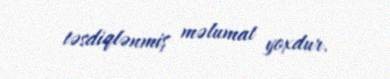
təsdiqlənmiş məlumat yoxdur.